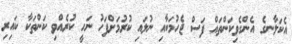
އެކަލާނގެ އެންގެވިކަންތައް ފަސް ޖެހުމަކާއި ނުލައި ކުރުމަށްފަހު ނަހީ ކުރެއްވި ކަންތަކާ ކައިރި